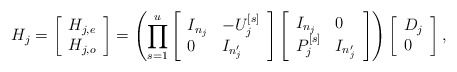
\begin{align*}H_j = \left[\begin{array}{l}H_{j,e} \\ H_{j,o}\end{array}\right]=\left(\prod_{s=1}^{u}\left[\begin{array}{ll}I_{n_j} & -U_j^{[s]} \\ 0 & I_{n_j'}\end{array}\right]\left[\begin{array}{ll}I_{n_j} & 0 \\ P_j^{[s]} & I_{n_j'}\end{array}\right]\right)\left[\begin{array}{l}D_j \\ 0\end{array}\right],\end{align*}